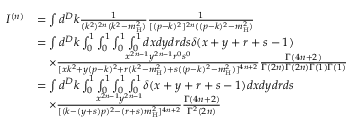
\begin{array} { r l } { I ^ { ( n ) } } & { = \int d ^ { D } k \frac { 1 } { ( k ^ { 2 } ) ^ { 2 n } ( k ^ { 2 } - m _ { \mathrm { H } } ^ { 2 } ) } \frac { 1 } { [ ( p - k ) ^ { 2 } ] ^ { 2 n } ( ( p - k ) ^ { 2 } - m _ { \mathrm { H } } ^ { 2 } ) } } \\ & { = \int d ^ { D } k \int _ { 0 } ^ { 1 } \int _ { 0 } ^ { 1 } \int _ { 0 } ^ { 1 } \int _ { 0 } ^ { 1 } d x d y d r d s \delta ( x + y + r + s - 1 ) } \\ & { \quad \times \frac { x ^ { 2 n - 1 } y ^ { 2 n - 1 } r ^ { 0 } s ^ { 0 } } { [ x k ^ { 2 } + y ( p - k ) ^ { 2 } + r ( k ^ { 2 } - m _ { \mathrm { H } } ^ { 2 } ) + s ( ( p - k ) ^ { 2 } - m _ { \mathrm { H } } ^ { 2 } ) ] ^ { 4 n + 2 } } \frac { \Gamma ( 4 n + 2 ) } { \Gamma ( 2 n ) \Gamma ( 2 n ) \Gamma ( 1 ) \Gamma ( 1 ) } } \\ & { = \int d ^ { D } k \int _ { 0 } ^ { 1 } \int _ { 0 } ^ { 1 } \int _ { 0 } ^ { 1 } \int _ { 0 } ^ { 1 } \delta ( x + y + r + s - 1 ) d x d y d r d s } \\ & { \quad \times \frac { x ^ { 2 n - 1 } y ^ { 2 n - 1 } } { [ ( k - ( y + s ) p ) ^ { 2 } - ( r + s ) m _ { \mathrm { H } } ^ { 2 } ] ^ { 4 n + 2 } } \frac { \Gamma ( 4 n + 2 ) } { \Gamma ^ { 2 } ( 2 n ) } } \end{array}